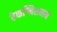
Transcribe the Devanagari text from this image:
रेकग्निशननं